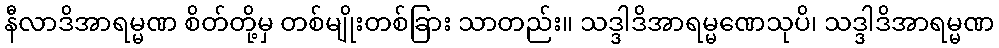
နီလာဒိအာရမ္မဏ စိတ်တို့မှ တစ်မျိုးတစ်ခြား သာတည်း။ သဒ္ဒါဒိအာရမ္မဏေသုပိ၊ သဒ္ဒါဒိအာရမ္မဏ